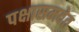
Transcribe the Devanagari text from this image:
पक्षासमवेत